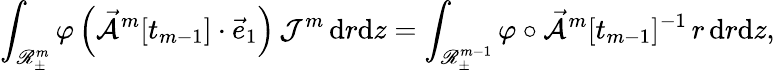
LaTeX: \int_{\mathscr{R}_{\pm}^{m}}\varphi\, \Bigl(\mathcal{\vec{A}}^{m}[t_{m-1}]\cdot\vec{e}_{1}\Bigr)\, \mathcal{J}^{m}\, \mathrm{d}r\mathrm{d}z=\int_{\mathscr{R}_{\pm}^{m-1}}\varphi\circ\mathcal{\vec{A}}^{m}[t_{m-1}]^{-1}\, r\, \mathrm{d}r\mathrm{d}z,